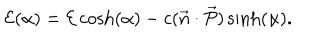
LaTeX: { \cal { E } } ( \alpha ) = { \cal { E } } \cosh ( \alpha ) - c ( \vec { n } \cdot \vec { \cal { P } } ) \sinh ( \alpha ) .